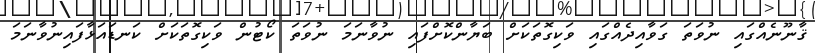
ޤާނޫނެއްގައި ނުވަތަ ގަވާއިދެއްގައި ވަކިގޮތަކަށް ބަޔާންކޮށްފައި ނުވާނަމަ ނުވަތަ ކޯޓުން ވަކިގޮތަކަށް ކަނޑައަޅާފައިނުވާނަމަ